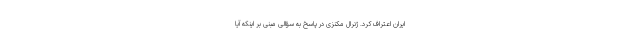
ایران اعتراف کرد. ژنرال مکنزی در پاسخ به سؤالی مبنی بر اینکه آیا